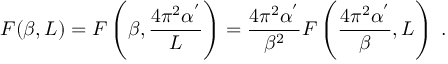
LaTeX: F ( \beta , L ) = F \left( \beta , \frac { 4 \pi ^ { 2 } \alpha ^ { ' } } { L } \right) = \frac { 4 \pi ^ { 2 } \alpha ^ { ' } } { \beta ^ { 2 } } F \left( \frac { 4 \pi ^ { 2 } \alpha ^ { ' } } { \beta } , L \right) \; .